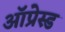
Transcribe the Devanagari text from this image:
ऑप्रेस्ड